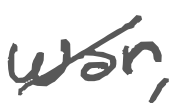
Text: war,
Cross-out: diagonal
Writing tool: digital_gray